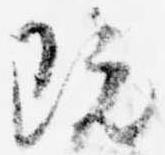
既